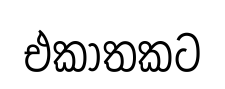
එකාතකට